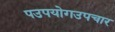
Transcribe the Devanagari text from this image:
पउपयोगउपचार